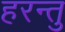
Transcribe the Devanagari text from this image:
हरन्तु